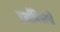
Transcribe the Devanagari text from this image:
उर्जामित्रांनी